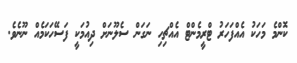
ކޮންމެ މަހަކު އެއްފަހަރު ޓްރީމެންޓް އެއްޗިހި ނަގަން ސެލޫނަށް ދިއުމަކީ ފަސޭހަކަމެއް ނޫނެވެ.